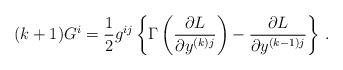
LaTeX: \begin{align*}(k+1)G^i=\displaystyle\frac 12g^{ij}\left\{ \Gamma \left(\displaystyle\frac{\partial L}{\partial y^{(k)j}}\right)-\displaystyle\frac{\partial L}{\partial y^{(k-1)j}}\right\} \, .\end{align*}